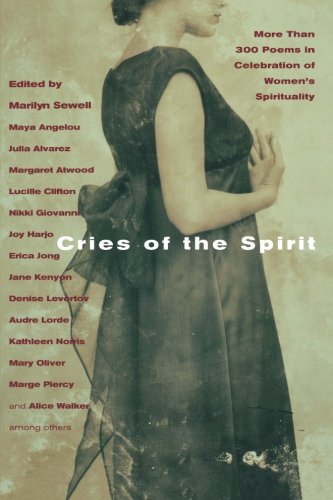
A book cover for Cries of The Spirit; Marilyn Sewell; Christian Books & Bibles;